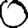
Digit: 0